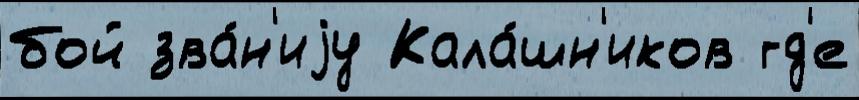
бой зва́н'иjу Кала́шн'иков гд'е